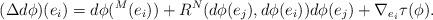
LaTeX: \begin{align*}(\Delta d\phi)(e_i)=d\phi(^M(e_i))+R^N(d\phi(e_j),d\phi(e_i))d\phi(e_j)+\nabla_{e_i}\tau(\phi).\end{align*}